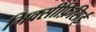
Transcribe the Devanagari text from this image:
मिक्सीफ़िसिई